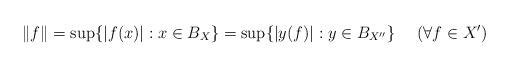
LaTeX: \begin{align*} \|f\|=\sup\{|f(x)|: x\in B_X\}=\sup\{|y(f)|: y\in B_{X''}\} \ \ \ \ (\forall f\in X')\end{align*}